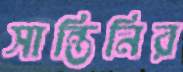
সান্তিনির